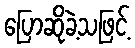
ပြောဆိုခဲ့သဖြင့်